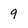
Character: 9